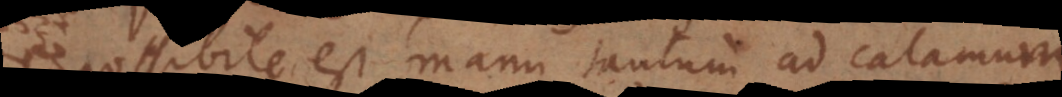
possibile est, manu tantum ad calamum